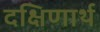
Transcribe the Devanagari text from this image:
दक्षिणार्थ